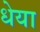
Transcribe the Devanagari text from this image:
धेया